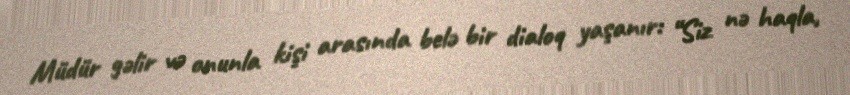
Müdür gəlir və onunla kişi arasında belə bir dialoq yaşanır: “Siz nə haqla,